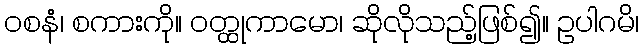
ဝစနံ၊ စကားကို။ ဝတ္ထုကာမော၊ ဆိုလိုသည့်ဖြစ်၍။ ဥပါဂမိ၊